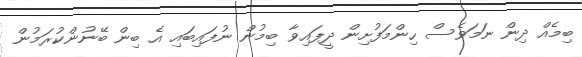
ބިމެއް ދިން ނަމަވެސް ހިންމަފުށިން ދީފައިވާ ބިމުން ނުފައިބައި އެ ބިން ބޭނުންކުރަމުން